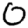
Digit: 0